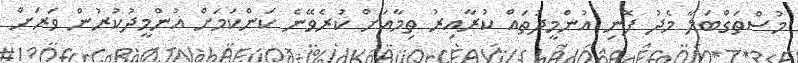
މުސްތަގްބަލާ މެދު ފޮނި އުންމީދުތައް ކުރާއިރު ތިމާއަށް ކުރެވޭނެ ކަންކަމަށް އުންމީދުކުރުން ވަރަށް